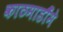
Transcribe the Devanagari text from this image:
काठमाडौँमे